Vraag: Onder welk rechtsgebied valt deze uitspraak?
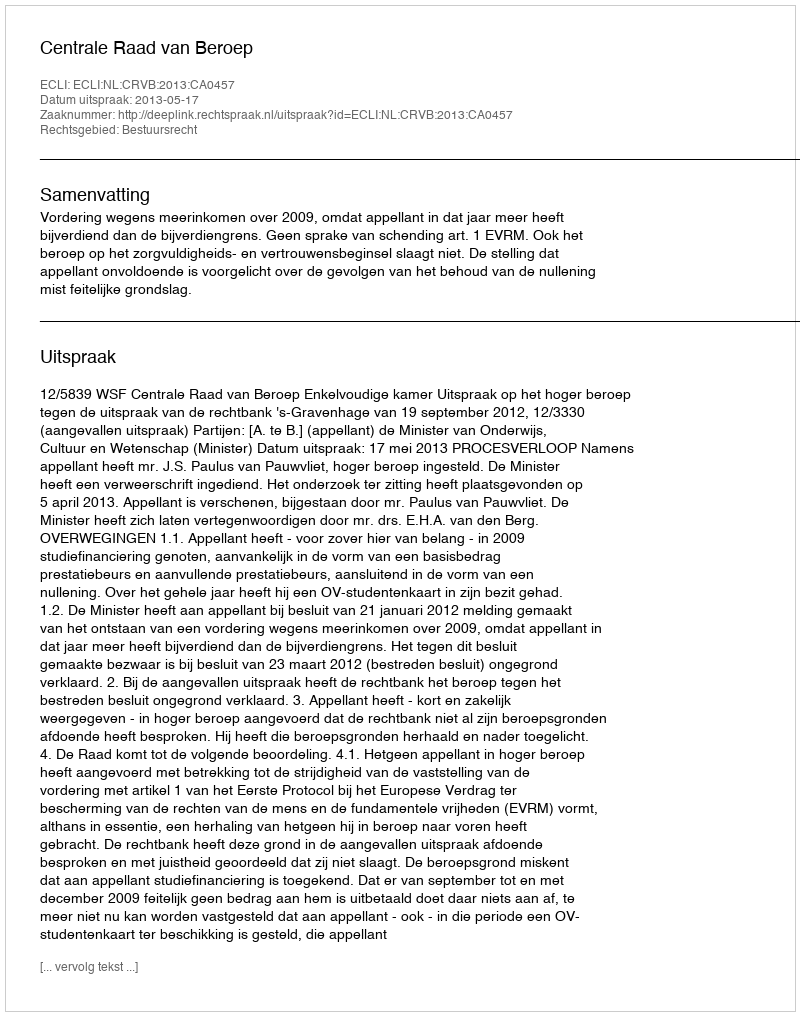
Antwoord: Bestuursrecht